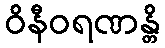
ဝိနီဝရဏန္တိ